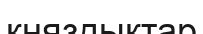
княздықтар